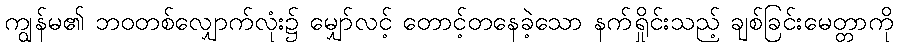
ကျွန်မ၏ ဘဝတစ်လျှောက်လုံး၌ မျှော်လင့် တောင့်တနေခဲ့သော နက်ရှိုင်းသည့် ချစ်ခြင်းမေတ္တာကို